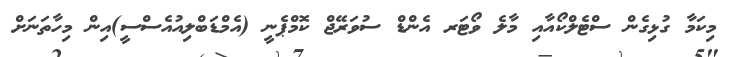
މިކަމާ ގުޅިގެން ސްޓެލްކޯއާއި މާލެ ވޯޓަރ އެންޑް ސުވަރޭޖް ކޮމްޕެނީ (އެމްޑަބްލިއުއެސްސީ)އިން މިހާތަނަށް